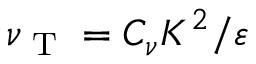
\nu _ { \textrm { T } } = C _ { \nu } K ^ { 2 } / \varepsilon